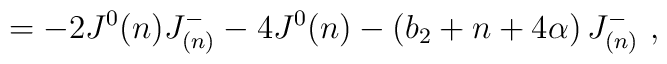
= - 2 J^0(n) J^{-}_{(n)} - 4 J^0(n) - \left(b_2 + n + 4\alpha\right) J^{-}_{(n)} \ ,